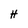
Character: H